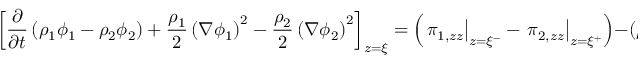
\left[ \frac { \partial } { \partial t } \left( \rho _ { 1 } \phi _ { 1 } - \rho _ { 2 } \phi _ { 2 } \right) + \frac { \rho _ { 1 } } { 2 } \left( \nabla \phi _ { 1 } \right) ^ { 2 } - \frac { \rho _ { 2 } } { 2 } \left( \nabla \phi _ { 2 } \right) ^ { 2 } \right] _ { z = \xi } = \left( \left. \pi _ { 1 , z z } \right| _ { z = \xi ^ { - } } - \left. \pi _ { 2 , z z } \right| _ { z = \xi ^ { + } } \right) - ( \rho _ { 1 } - \rho _ { 2 } ) g ( t ) \xi ,